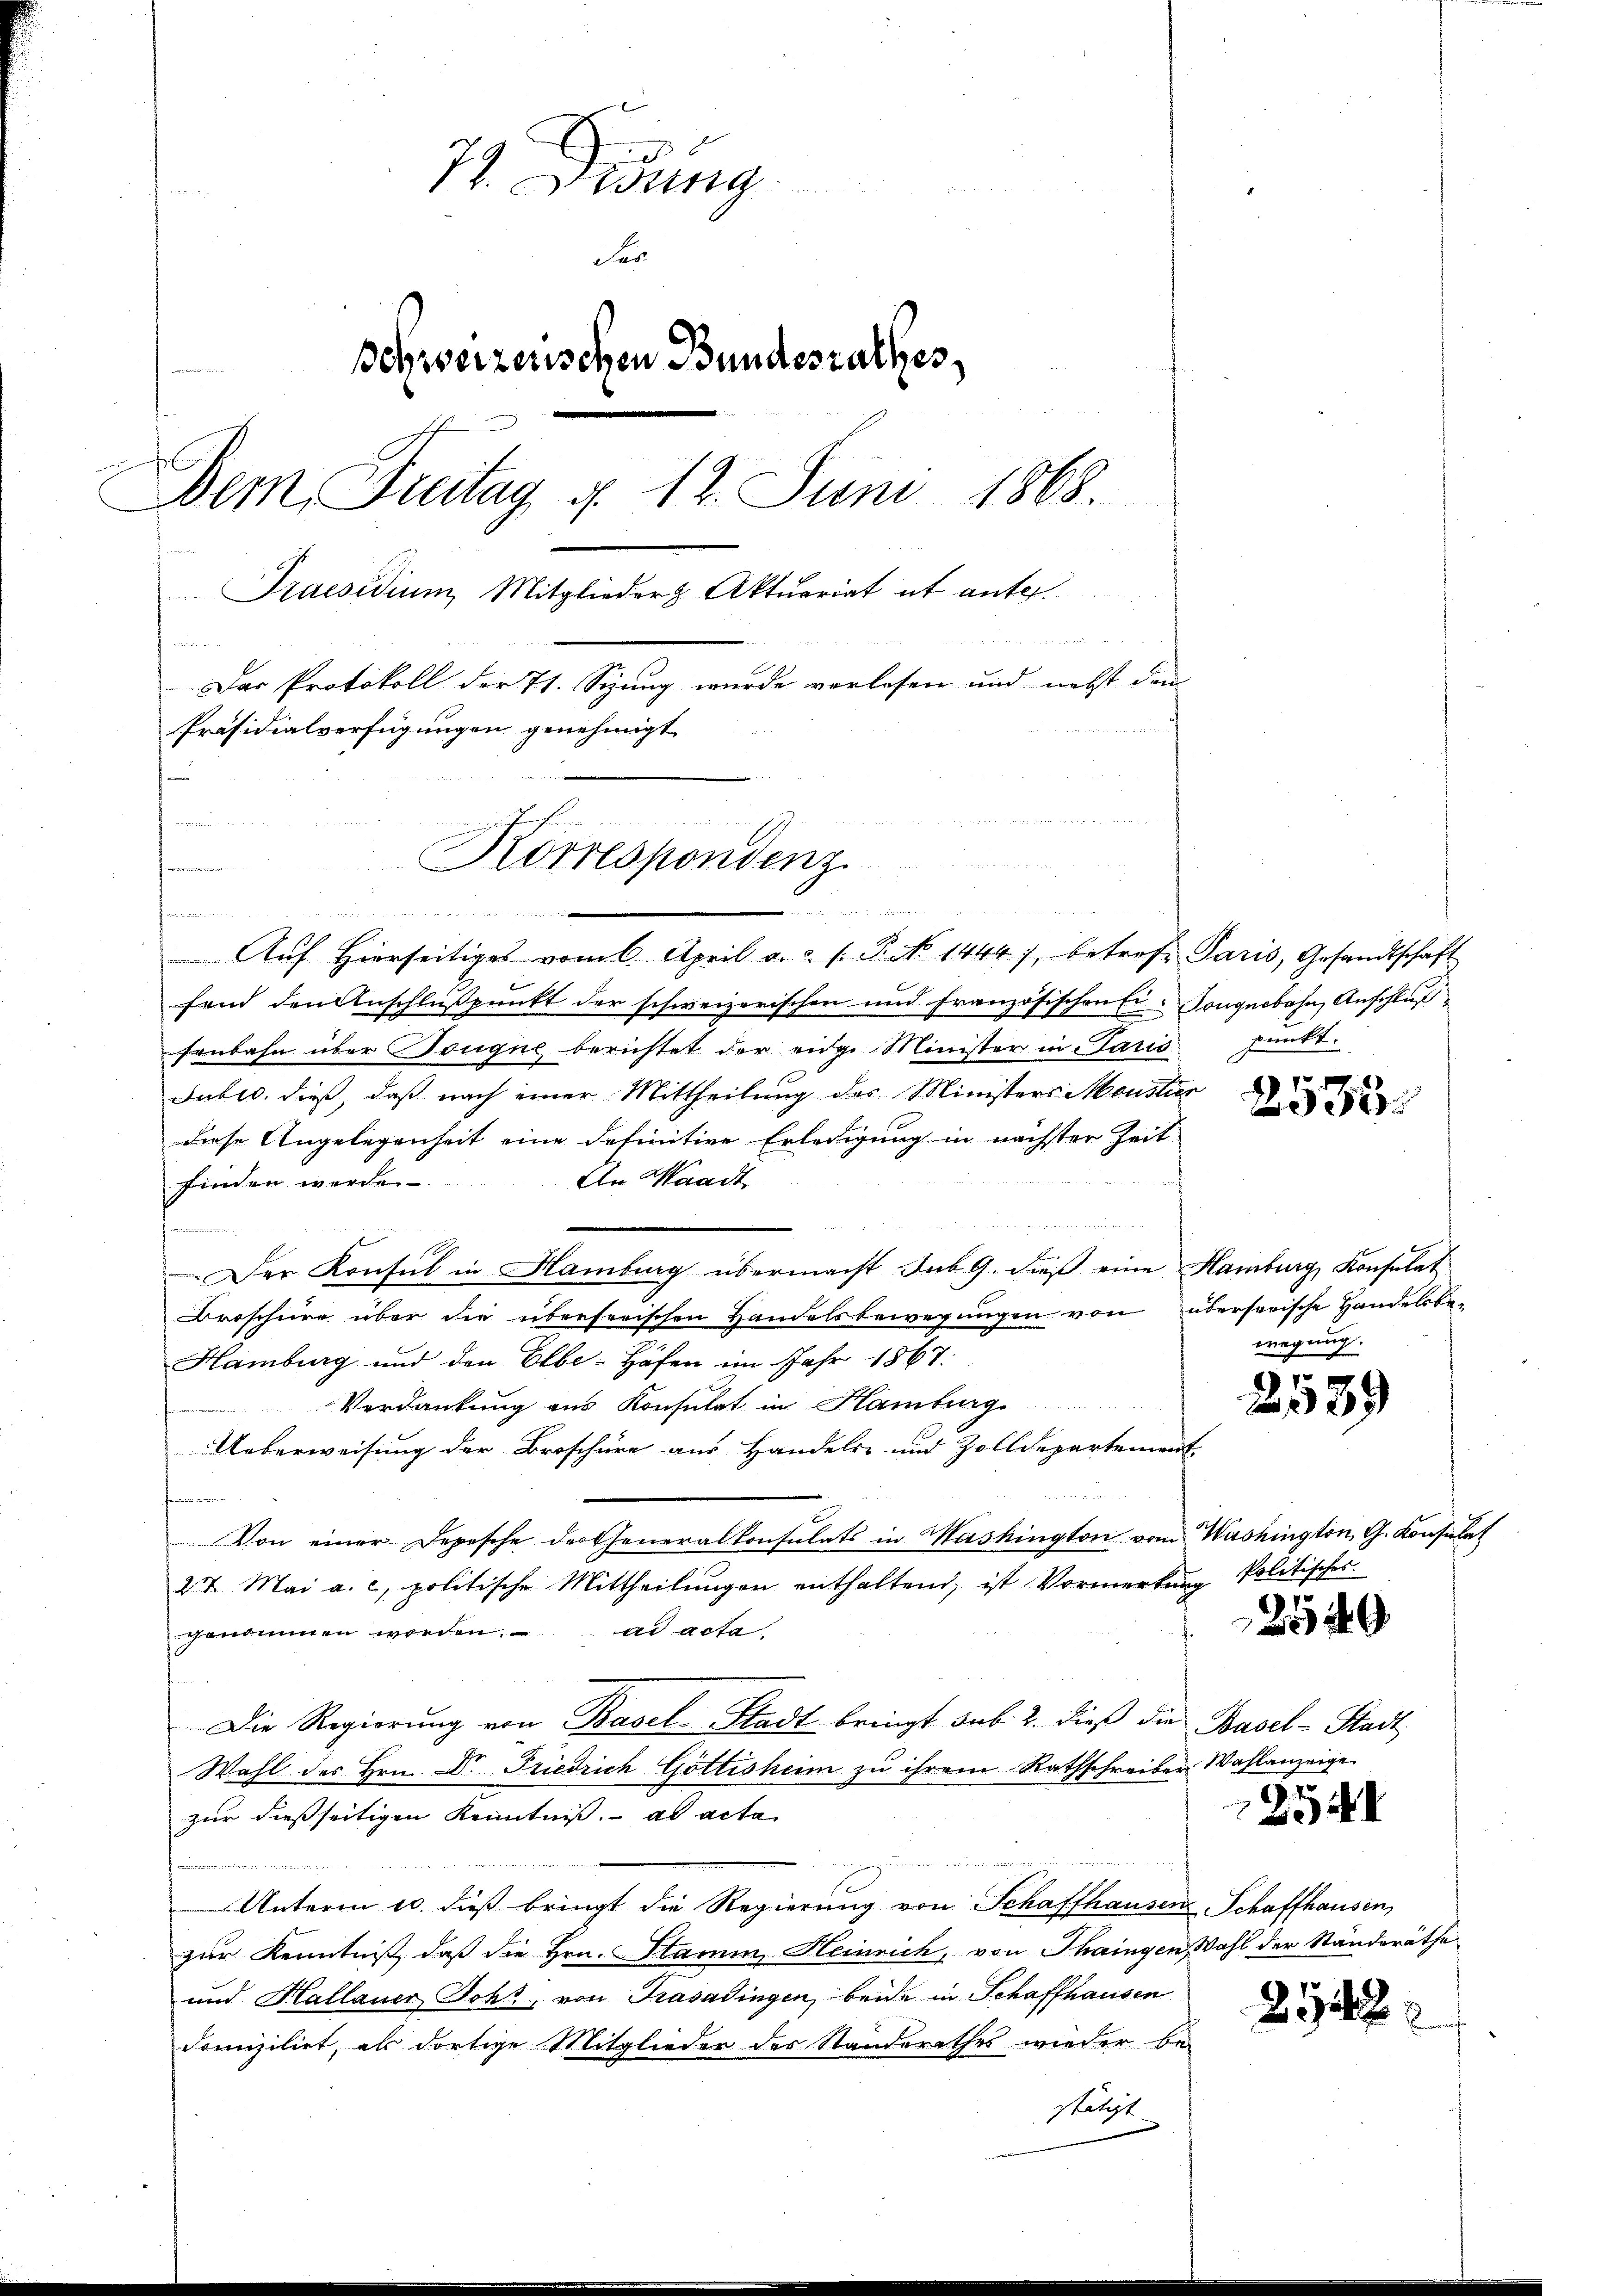
74. Didung
der
schweizerischen Bundesrathes,
Dem Freitag d. 12. Juni 1868.

Praesidium, Mitglieder Aktuariat et ante.
d
Das Protokoll der 71. Stung wurde verlesen und nett den
Präsidialverfügungen genehmigt.
e
Korrespondenz
m

m
 Aŭf Hierseitiges vom 6. April a. c. l. P. No 1444), betreff Paris, Gesandtschaft
fand den Anschlußpunkt der schweizerischen und französischen Ei-Tonguebahn, Anschluß
senbahn über Tonque berichtet der eige Minister in Paris
Jubic, dieß, daß nach einer Mittheilung des Ministers Moustur
diese Angelegenheit eine definitive Erledigung in nächster Zeit
An Waadt
finden werde.
d
Der Konsul in Hamburg übermacht sub. G. dieß eine Hamburg, Konsulat
Broschüre über die überherischen Handelsbewegungen von übersorische Handelsbe¬
Hamburg und den Elbe-Höfen im Jahr 1867.
Verdankung aus Konsulat in Hamburg
Ueberweisung der Broschüre aus Handels- und Zolldepartement.
de
Von einer Depesche der Generalkonsulats in Washington vom Washington, G. Konsulat
27. Mai a. c. politische Mittheilŭngen enthaltend, ist Vormerkŭng politisches
genommen worden. ad acta
s
Die Regierung von Basel-Stadt bringt sub. 2. dieß die Basel-Stadt
Wahl des Hrn. Dr. Friedrich Göttisheim zu ihrem Rathschreiber Wahlanzeige
zur dießseitigen Kenntniß. ad acta
27
Unterm 20. dieß bringt die Regierŭng von Schaffhausen Schaffhausen,
zur Kenntniß, daß die Hrn. Stamm, Heinrich, von Thaingen, Wahl der Ständeräthe
und Hallauer Sohr, von Trasadingen, beide in Schaffhausen
domizilirt, als dortige Mitglieder des Standerathes wieder bestätigt

l

punkt.

2535.

wegung.

91
2 189

xx

49

1
2

2542:

2.